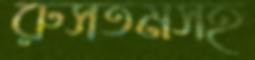
রুসতমসহ